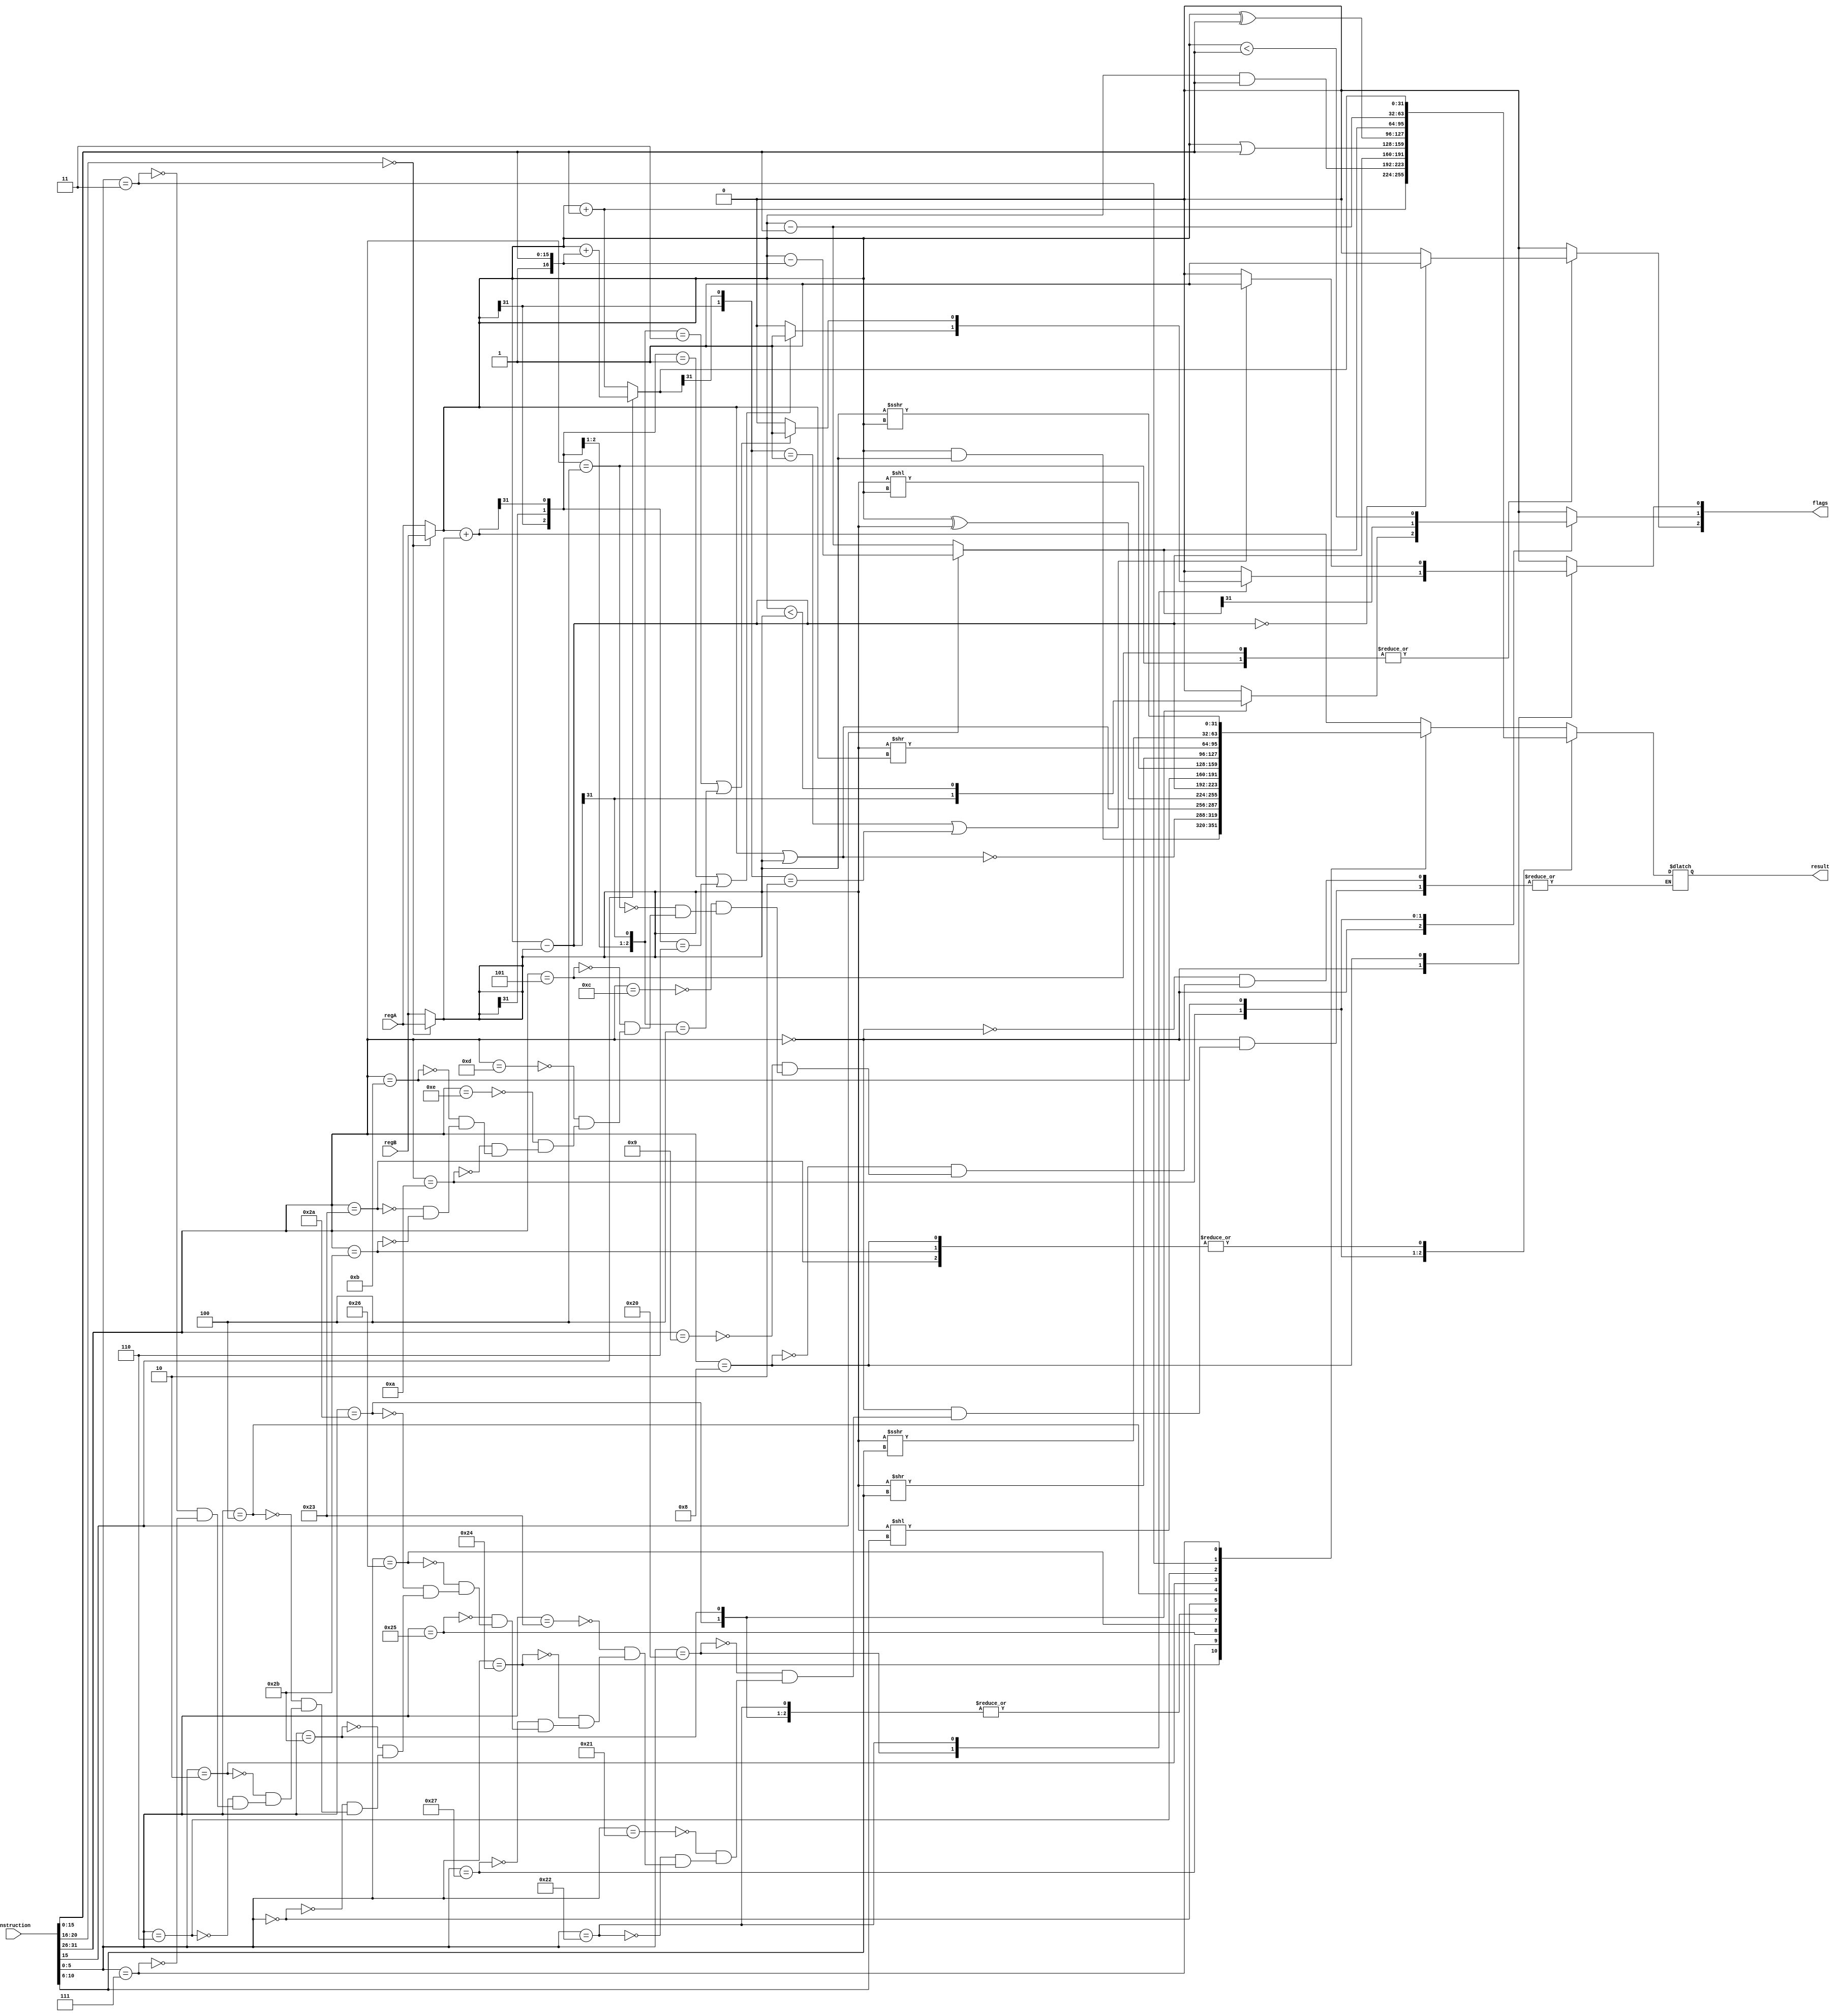
module alu(instruction, regA, regB, result, flags);
	input[31:0] instruction;
	input[31:0] regA,regB; 
	output[31:0] result;
	output[2:0] flags; 

	reg[5:0] opcode, func; // store the operator code and the function code
	reg[31:0] rd; // store the computing result
	reg[31:0] rs,rt; //store the operator number
	reg[5:0] shamt;
	reg[15:0] imm;
	reg[2:0] flags;
	reg[31:0] temp;
	reg[31:0] tempA;
	reg[31:0] tempB;
	always @ (*)
		begin
		tempA = regA;
		tempB = regB;
		opcode = instruction[31:26];
		func = instruction[5:0];
		flags = 3'b000;
		if(instruction[20:16]=={5'b0})
			begin
			temp = tempA;
			tempA = tempB;
			tempB = temp;
			end
		case(opcode)
		6'b000000:
			begin
				case(func)

					//add
					6'b100000:
						begin
							rs = tempA;
							rt = tempB;
							rd = rs + rt;
							if({rs[31],rt[31],rd[31]}=={3'b001}||{rs[31],rt[31],rd[31]}=={3'b110})
								flags[0] = 1;
							else 
								flags[0] = 0;
							
						end

					//addu
					6'b100001:
						begin
							rs = tempA;
							rt = tempB;
							rd = rs + rt;

						end

					//sub
					6'b100010:
						begin
							rs = tempA;
							rt = tempB;
							rd = tempA - tempB;
							if({rs[31],rt[31],rd[31]}=={3'b011}||{rs[31],rt[31],rd[31]}=={3'b100})
								flags[0] = 1;
							else
								flags[0] = 0;
						end

					//subu
					6'b100011:
						begin
							rs = tempA;
							rt = tempB;
							rd = tempA - tempB;
						end

					//and
					6'b100100:
						begin
							rs = tempA;
							rt = tempB;
							rd = rs & rt;
						end

					//nor
					6'b100111:
						begin
							rs = tempA;
							rt = tempB;
							rd = ~(rs | rt);
						end 	

                    //or
					6'b100101:
						begin
							rs = tempA;
							rt = tempB;
							rd = rs | rt;
						end		
					
					//xor
					6'b100110:
						begin
							rs = tempA;
							rt = tempB;
							rd = rs ^ rt;
						end		
					
					//slt
					6'b101010:
						begin
							rs = tempA;
							rt = tempB;
							rd = rs - rt;
							flags[1] = rd[31];  
						end

					//sltu
					6'b101011:
						begin
							rs = tempA;
							rt = tempB;
							rd = rs - rt;
							flags[1] = (rs<rt);
						end

					//sll
					6'b000000:
						begin
							rt = tempB;
							shamt = instruction[10:6];
							rd = rt << shamt;
						end
					
					//sllv
					6'b000100:
						begin
							rs = tempA;
							rt = tempB;
							rd = rt << rs;
						end
							
					//srl
					6'b000010:
						begin
							rt = tempB;
							shamt = instruction[10:6];
							rd = rt >> shamt;
						end

					//srlv
					6'b000110:
						begin
							rs = tempA;
							rt = tempB;
							rd = rt >> rs;
						end

					//sra
					6'b000011:
						begin
							rt = tempB;
							shamt = instruction[10:6];
							rd = rt >>> shamt;
						end

					//srav
					6'b000111:
						begin
							rs = tempA;
							rt = tempB;
							rd = rt >>> rs;
						end

					endcase
				end
			
			//addi
			6'b001000:
				begin
					rs = tempA;
					imm = instruction[15:0];
					if(imm[15] == 1'b1)
					     rd = rs + {16'b1,imm};
					
					else 
					     rd = rs + {16'b0,imm};
					
					if({rs[31],rd[31]}=={2'b01} || {rs[31],rd[31]} == {2'b10})
						flags[0] = 1;
					else 
						flags[0] = 0;
				end

			//addiu
			6'b001001:
				begin
					rs = tempA;
					imm = instruction[15:0];
					rd = rs + {16'b0,imm};

				end

			//andi
			6'b001100:
				begin
					rs = tempA;
					imm = instruction[15:0];
					rd = rs & {16'b0,imm};
				end

			//beq
			6'b000100:
				begin
					rs = tempA;
					rt = tempB;
					rd = rs - rt;
					if(rd=={32'b0})
						flags[2] = 1;
					else
						flags[2] = 0;
				end

			//bne
			6'b000101:
				begin
					rs = tempA;
					rt = tempB;
					rd = rs - rt;
					if(rd=={32'b0})
						flags[2] = 1;
					else
						flags[2] = 0;
				end
			
			//ori
			6'b001101:
				begin
					rs = tempA;
					imm = instruction[15:0];
					rd = rs | {16'b0,imm};
				end	

			//xori
			6'b001110:
				begin
					rs = tempA;
					imm = instruction[15:0];
					rd = rs ^ {16'b0,imm};
				end

			//slti
			6'b001010:
				begin
					rs = tempA;
					imm = instruction[15:0];
					if (imm[15] == 1'b0)
						rd = rs - {16'b0,imm};
					else 
						rd = rs - {16'b1,imm};
					flags[1] = rd[31];
				end

			//sltiu
			6'b001011:
				begin
					rs = tempA;
					imm = instruction[15:0];
					rd = rs - {16'b0,imm};
					flags[1] = (rs<{16'b0,imm});
				end

			//lw
			6'b100011:
				begin
					rs = tempA;
					imm = instruction[15:0];
					if (imm[15] == 1'b0)
					rd = rs + {16'b0,imm};
					
					else 
					rd = rs + {16'b1,imm};
					
					
				end				

			//sw
			6'b101011:
				begin
					rs = tempA;
					imm = instruction[15:0];
					if (imm[15] == 1'b0)
					rd = rs + {16'b0,imm};
					
					else 
					rd = rs + {16'b1,imm};
					
				
				end
			
			endcase
		end
	
	assign result = rd[31:0];

endmodule